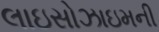
લાઇસોઝાઇમની